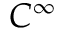
C ^ { \infty }